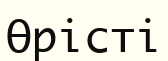
Өрісті